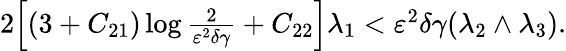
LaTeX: \begin{array}{r}{2\Big[(3+C_{21})\log\frac{2}{\varepsilon^{2}\delta\gamma}+C_{22}\Big]\lambda_{1}<\varepsilon^{2}\delta\gamma(\lambda_{2}\wedge\lambda_{3}).}\end{array}